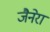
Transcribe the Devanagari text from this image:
जैनेरा